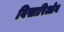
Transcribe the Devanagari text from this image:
विसारिओन